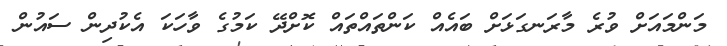
މަންމައަށް ވުރެ މާރަނގަޅަށް ބައެއް ކަންތައްތައް ކޮށްދޭ ކަމުގެ ވާހަކަ އެކުދިން ސައުން